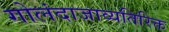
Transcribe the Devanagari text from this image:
गोलंदाजाव्यतिरिक्त